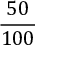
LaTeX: \frac { 5 0 } { 1 0 0 }